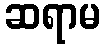
ဆရာမ